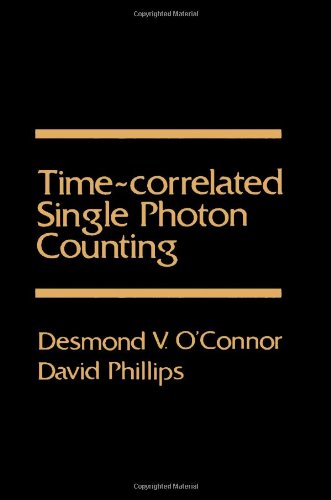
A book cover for Time-Correlated Single Photon Counting; Desmond V. O'Connor; Science & Math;